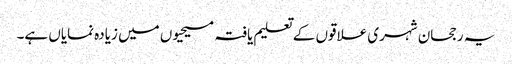
یہ رجحان شہری علاقوں کے تعلیم یافتہ مسیحیوں میں زیادہ نمایاں ہے۔